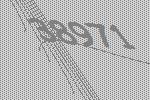
38971